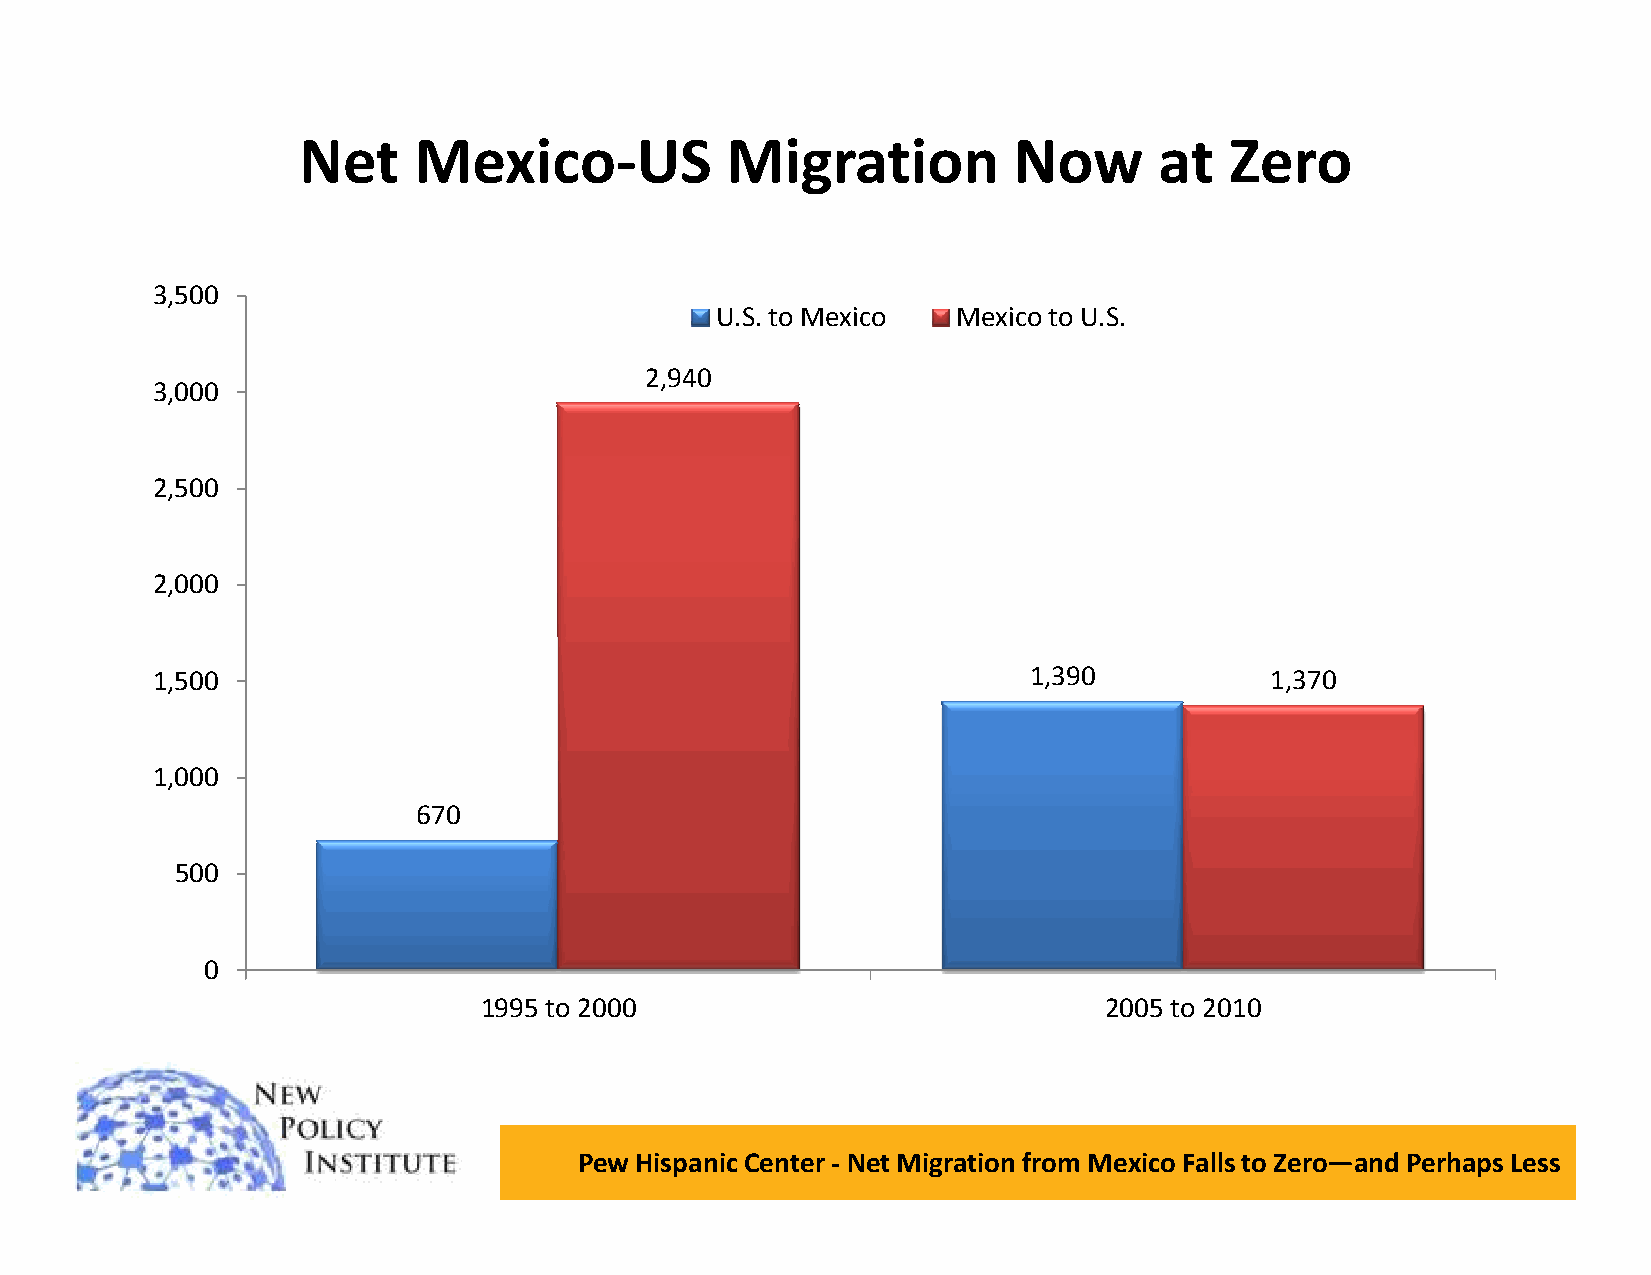
Net    Mexico-US            Migration          Now       at  Zero
 3,500
 U.S. to Mexico  Mexico to U.S.
 2,940
 3,000
 2,500
 2,000
 1,500                                                     1,390           1,370
 1,000
 670
 500
 0
 1995 to 2000                             2005 to 2010
 Pew Hispanic Center - Net Migration from Mexico Falls to Zero—and Perhaps Less